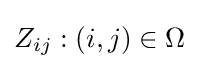
{Z_{ij}:(i,j)\in \Omega }